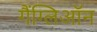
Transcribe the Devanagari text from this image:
गैंग्लिऑन